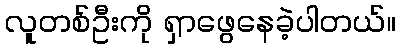
လူတစ်ဦးကို ရှာဖွေနေခဲ့ပါတယ်။